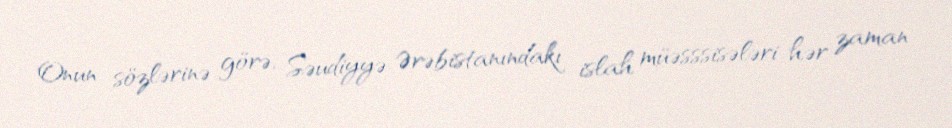
Onun sözlərinə görə, Səudiyyə Ərəbistanındakı islah müəsssisələri hər zaman